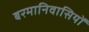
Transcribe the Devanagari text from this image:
बरमानिवासियों